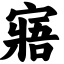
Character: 寤